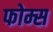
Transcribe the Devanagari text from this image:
फोम्स